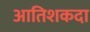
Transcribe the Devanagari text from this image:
आतिशकदा